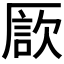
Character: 𠪗